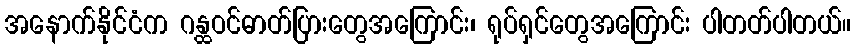
အနောက်နိုင်ငံက ဂန္ထဝင်ဓာတ်ပြားတွေအကြောင်း၊ ရုပ်ရှင်တွေအကြောင်း ပါတတ်ပါတယ်။